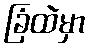
ခြံထဲမှာ